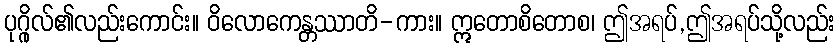
ပုဂ္ဂိုလ်၏လည်းကောင်း။ ဝိလောကေန္တဿာတိ-ကား။ ဣတောစိတောစ၊ ဤအရပ်,ဤအရပ်သို့လည်း